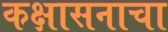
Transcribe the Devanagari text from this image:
कक्षासनाचा